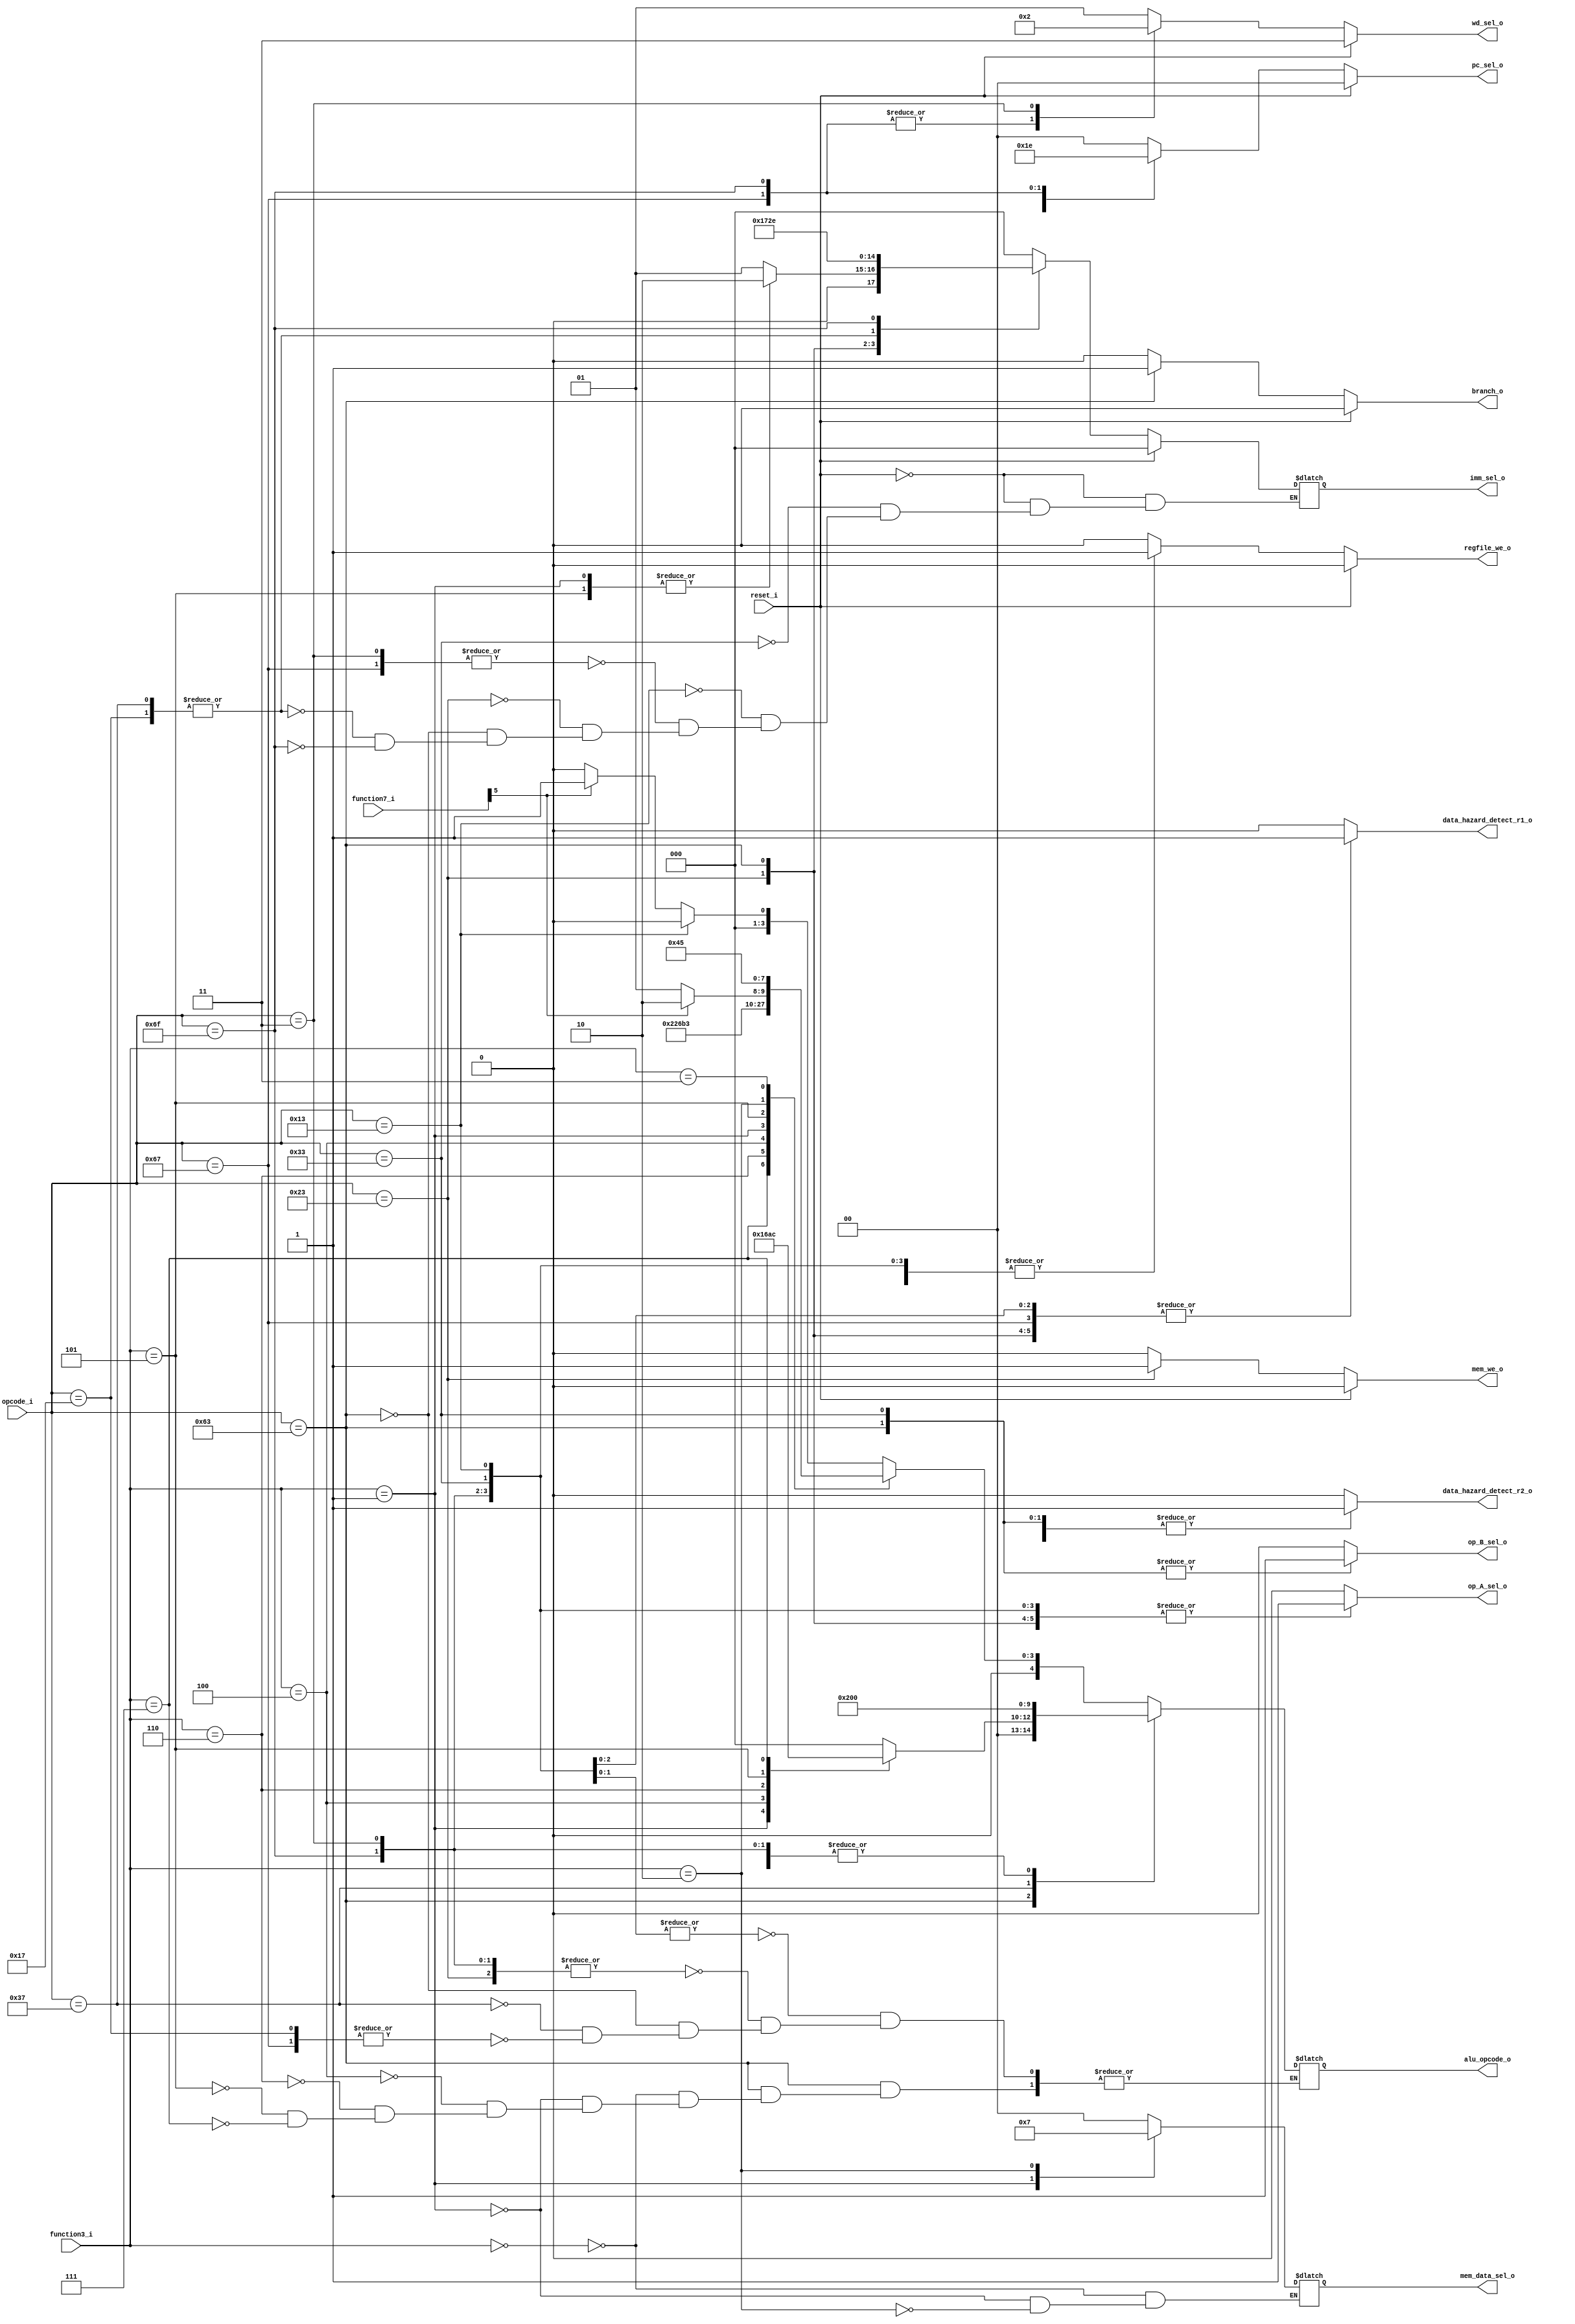
module controler #(
    parameter OPCODE_JAL   = 7'b1101111,
    parameter OPCODE_JALR  = 7'b1100111,
    parameter OPCODE_LOAD  = 7'b0000011,
    parameter OPCODE_B     = 7'b1100011,
    parameter OPCODE_R     = 7'b0110011,
    parameter OPCODE_I     = 7'b0010011,
    parameter OPCODE_S     = 7'b0100011,
    parameter OPCODE_AUIPC = 7'b0010111,
    parameter OPCODE_LUI   = 7'b0110111

)
(
    input             reset_i,
    input      [6:0]  opcode_i,
    input      [6:0]  function7_i,
    input      [2:0]  function3_i,
    output reg [1:0]  wd_sel_o,      // Regfile写入数据选择信号
    output reg [1:0]  pc_sel_o,      // npc选择信号
    output reg        branch_o,      // B型指令允许跳转信号 
    output reg [2:0]  imm_sel_o,     // 立即数选择信号     
    output reg        regfile_we_o,  // Regfile写允许信号
    output reg        mem_we_o,      // Mem写允许信号
    output reg        op_A_sel_o,    // ALU输入选择信号
    output reg        op_B_sel_o,    // ALU输入选择信号   
    output reg [4:0]  alu_opcode_o,  // alu操作码
    output reg [1:0]  mem_data_sel_o, // Mem数据选择信号，用于处理sb,sh，lb,lh
    output            data_hazard_detect_r1_o,  // 控制数据冒险检测单元检测r1和r2
    output             data_hazard_detect_r2_o 
    );
    // wd_sel赋值处理
    always @(*) begin
        if(reset_i == 1'b1)
            wd_sel_o = 2'b11;
        else begin
            case(opcode_i)
                // jal,jalr
                OPCODE_JAL,OPCODE_JALR:
                    wd_sel_o = 2'b00;
                // lb,lw,ld
                OPCODE_LOAD:
                    wd_sel_o = 2'b10;
                // others
                default:
                    wd_sel_o = 2'b01;
            endcase
        end
    end

    // pc_sel赋值处理
    always @(*) begin
        if(reset_i == 1'b1)
            pc_sel_o = 2'b00;
        else begin
            case(opcode_i)
                // B型指令
                OPCODE_B:
                    pc_sel_o = 2'b01;
                // jalr
                OPCODE_JALR:
                    pc_sel_o = 2'b11;
                // jal
                OPCODE_JAL:
                    pc_sel_o = 2'b10;
                default:
                    pc_sel_o = 2'b00;
            endcase
        end
    end

    // branch赋值处理
    always @(*) begin
        if(reset_i == 1'b1)
            branch_o = 1'b0;
        else begin
            case(opcode_i)
                // B型指令
                OPCODE_B:
                    branch_o = 1'b1;
                default:
                    branch_o = 1'b0;
            endcase
        end
    end

    // imm_sel赋值处理
    always @(*) begin
        if(reset_i == 1'b1)
            imm_sel_o = 3'b000;
        else begin
            case(opcode_i)
                // R型指令
                OPCODE_R:
                    imm_sel_o = 3'b000;
                // I型指令立即数操作与移位运算
                OPCODE_I: begin
                    case(function3_i)
                        // 移位操作
                        3'b001, 3'b101:
                            imm_sel_o = 3'b010;
                        default:
                            imm_sel_o = 3'b001;
                    endcase
                end
                // lb,lh,lw,jalr
                OPCODE_LOAD, OPCODE_JALR:
                    imm_sel_o = 3'b001;
                // S型
                OPCODE_S:
                    imm_sel_o = 3'b011;
                // B型
                OPCODE_B:
                    imm_sel_o = 3'b100;
                OPCODE_AUIPC, OPCODE_LUI:
                    imm_sel_o = 3'b101;
                OPCODE_JAL:
                    imm_sel_o = 3'b110;
                default:;
            endcase
        end
    end

    // regfile_we_o处理
    always @(*) begin
        if(reset_i == 1'b1)
            regfile_we_o = 1'b0;
        else begin
            case(opcode_i)
                // R型，I型，U型，J型需要写寄存器 
                OPCODE_R,
                OPCODE_I, 
                OPCODE_LOAD, 
                OPCODE_JAL, 
                OPCODE_LUI,
                OPCODE_AUIPC, 
                OPCODE_JALR:
                    regfile_we_o = 1'b1;
                default:
                    regfile_we_o = 1'b0;
            endcase
        end
    end

    // mem_we_o处理
    always @(*) begin
        if(reset_i == 1'b1)
            mem_we_o = 1'b0;
        else begin
            case(opcode_i)
                // S型指令
                OPCODE_S:
                    mem_we_o = 1'b1;
                default:
                    mem_we_o = 1'b0;
            endcase
        end
    end

    // op_A_sel_o处理
    always @(*) begin
        case(opcode_i)
            // R型，I型，S型, B型
            OPCODE_R,
            OPCODE_I,
            OPCODE_LOAD,
            OPCODE_JAL,
            OPCODE_S,
            OPCODE_B:
                op_A_sel_o = 1'b1;
            default:
                op_A_sel_o = 1'b0;
        endcase
    end

    // op_B_sel_o
    always @(*) begin
        case(opcode_i)
            // R型，B型
            OPCODE_R,
            OPCODE_B:
                op_B_sel_o = 1'b1;
            default:
                op_B_sel_o = 1'b0;
        endcase
    end
    
    // alu_opcode_o处理
    always @(*) begin
        case(opcode_i)
            // R型，I型
            OPCODE_R,
            OPCODE_I: begin
                case(function3_i)
                    // 算术运算，加或减
                    3'b000: begin
                        // I型指令只有加
                        if(opcode_i == OPCODE_I)
                            alu_opcode_o = 5'b00000;
                        // R型指令根据f7第二高位判断加减
                        else
                            alu_opcode_o = (function7_i[5]==1'b0)?5'b00000:5'b00001;
                    end
                    // 逻辑运算
                    // AND操作
                    3'b111:
                        alu_opcode_o = 5'b01000;
                    // OR操作
                    3'b110:
                        alu_opcode_o = 5'b01001;
                    // XOR操作
                    3'b100:
                        alu_opcode_o = 5'b01010;
                    // 移位运算
                    // 左移
                    3'b001:
                        alu_opcode_o = 5'b01100;
                    // 右移,根据f7第二高位判断逻辑移位还是算术移位
                    3'b101:
                        alu_opcode_o = (function7_i[5]==1'b0)?5'b01101:5'b01110;
                    // 比较运算
                    // 有符号比较
                    3'b010:
                        alu_opcode_o = 5'b00100;
                    // 无符号比较
                    3'b011:
                        alu_opcode_o = 5'b00101;
                    default:;
                    endcase
            end
            // Load,Jalr,S
            OPCODE_LOAD,
            OPCODE_JAL,
            OPCODE_S:
                alu_opcode_o = 5'b00000;
            // B型
            OPCODE_B: begin
                case(function3_i)
                    3'b000: alu_opcode_o = 5'h0;
                    3'b001: alu_opcode_o = 5'h1;
                    3'b100: alu_opcode_o = 5'h3; 
                    3'b110: alu_opcode_o = 5'h2;
                    3'b101: alu_opcode_o = 5'h5;
                    3'b111: alu_opcode_o = 5'h4;
                    default:;
                endcase
            end
            // lui
            OPCODE_LUI:
                alu_opcode_o = 5'b10000;
            // auipc, jal
            OPCODE_AUIPC,
            OPCODE_JALR:
                alu_opcode_o = 5'b00000;
            default:;
        endcase
    end
    
    // mem_data_sel赋值
    always@(*) begin
        case(function3_i)
            3'b000: mem_data_sel_o = 2'b00;
            3'b001: mem_data_sel_o = 2'b01;
            3'b010: mem_data_sel_o = 2'b11;
            default:;
        endcase
    end

    // data_hazard_detet赋值
    always @(*) begin
        case(opcode_i)
            OPCODE_R, OPCODE_I, OPCODE_S, OPCODE_LOAD, OPCODE_S, OPCODE_B, OPCODE_JALR:
                data_hazard_detect_r1_o = 1'b1;
            default:
                data_hazard_detect_r1_o = 1'b0;
        endcase
    end

    always @(*) begin
        case(opcode_i)
            OPCODE_R, OPCODE_S, OPCODE_B:
                data_hazard_detect_r2_o = 1'b1;
            default:
                data_hazard_detect_r2_o = 1'b0;
        endcase
    end
endmodule